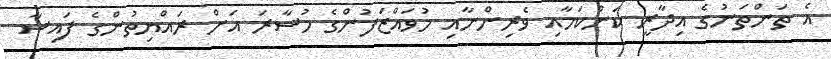
އެ ތަންތަނުގެ އިދާރީ ކަންކަމާއި ވެރިންނާއި މުވައްޒަފުންގެ މުސާރަ އަށް ރައްޔިތުންގެ ފައިސާ